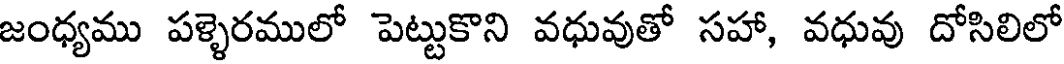
జంధ్యము పళ్ళెరములో పెట్టుకొని వధువుతో సహా, వధువు దోసిలిలో